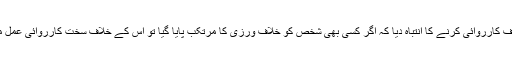
ضلع انتظامیہ و پولیس نے احکامات کی خلاف ورزی کرنے والوں کے خلاف کارروائی کرنے کا انتباہ دیا کہ اگر کسی بھی شخص کو خلاف ورزی کا مرتکب پایا گیا تو اُس کے خلاف سخت کارروائی عمل میں لائی جائے گی، جس کیلئے پورے قصبے میں پولیس گشت کررہی ہے۔